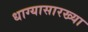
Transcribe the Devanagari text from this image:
धाग्यासारख्या